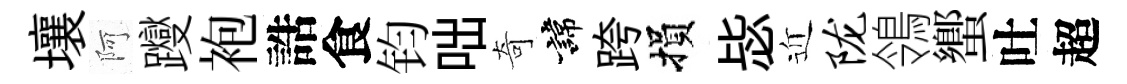
壤阿躞袍誥食钧咄奇諱跨損毖近陇鴒蠁吐超